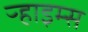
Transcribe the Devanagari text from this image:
ऱ्हाइम्स